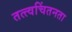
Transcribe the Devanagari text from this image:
तत्त्वचिंतनता